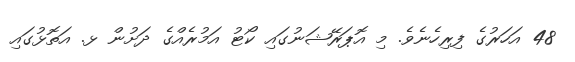
48 އަހަރުގެ ފިރިހެނެވެ. މި އޮޕަރޭޝަނުގައި ކޯޓު އަމުރެއްގެ ދަށުން ޅ. އަތޮޅުގައި